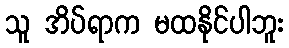
သူ အိပ်ရာက မထနိုင်ပါဘူး